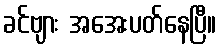
ခင်ဗျား အအေးပတ်နေပြီ။